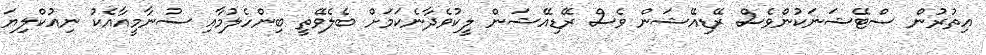
އިތުރުން ސްޓޭޝަނަކުންވެސް ރޭޑިއޭޝަން ވެސް ރޭޑިއޭޝަން ލީކުވެދާނެކަމަށް ބެލެވޭތީ ބިންހެލުމާއި ސުނާމީއާއެކު ނިއުކްލިޔަ